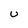
Character: U